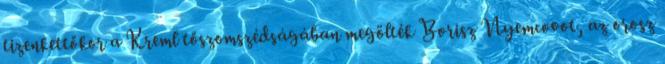
tizenkettőkor a Kreml tőszomszédságában megölték Borisz Nyemcovot, az orosz